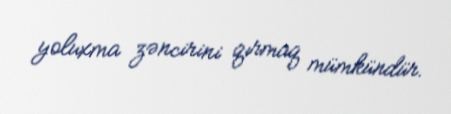
yoluxma zəncirini qırmaq mümkündür.